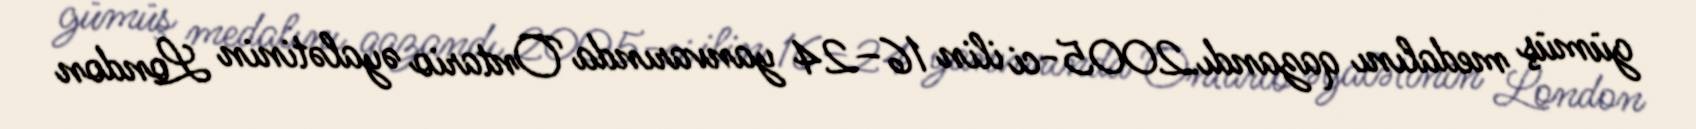
gümüş medalını qazandı.2005-ci ilin 16–24 yanvarında Ontario əyalətinin London